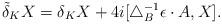
LaTeX: \begin{align*}\tilde{\delta}_K X= \delta_K X +4i[\triangle_B^{-1}\epsilon \cdot A, X] .\end{align*}